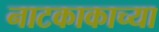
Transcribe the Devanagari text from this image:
नाटकाकाच्या